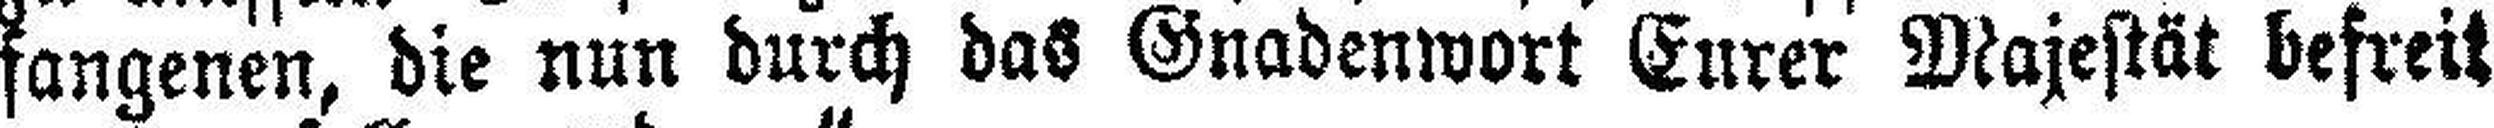
fangenen, die nun durch das Gnadenwort Eurer Majestät befreit